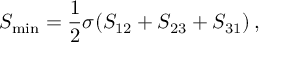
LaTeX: S _ { \mathrm { m i n } } = { \frac { 1 } { 2 } } \sigma ( S _ { 1 2 } + S _ { 2 3 } + S _ { 3 1 } ) \, ,